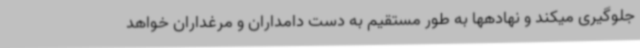
جلوگیری میکند و نهادهها به طور مستقیم به دست دامداران و مرغداران خواهد